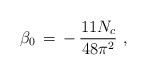
LaTeX: \begin{align*}\beta_0 \, = \, - \, { 11 N_c\over 48 \pi^2} \,\, ,\end{align*}